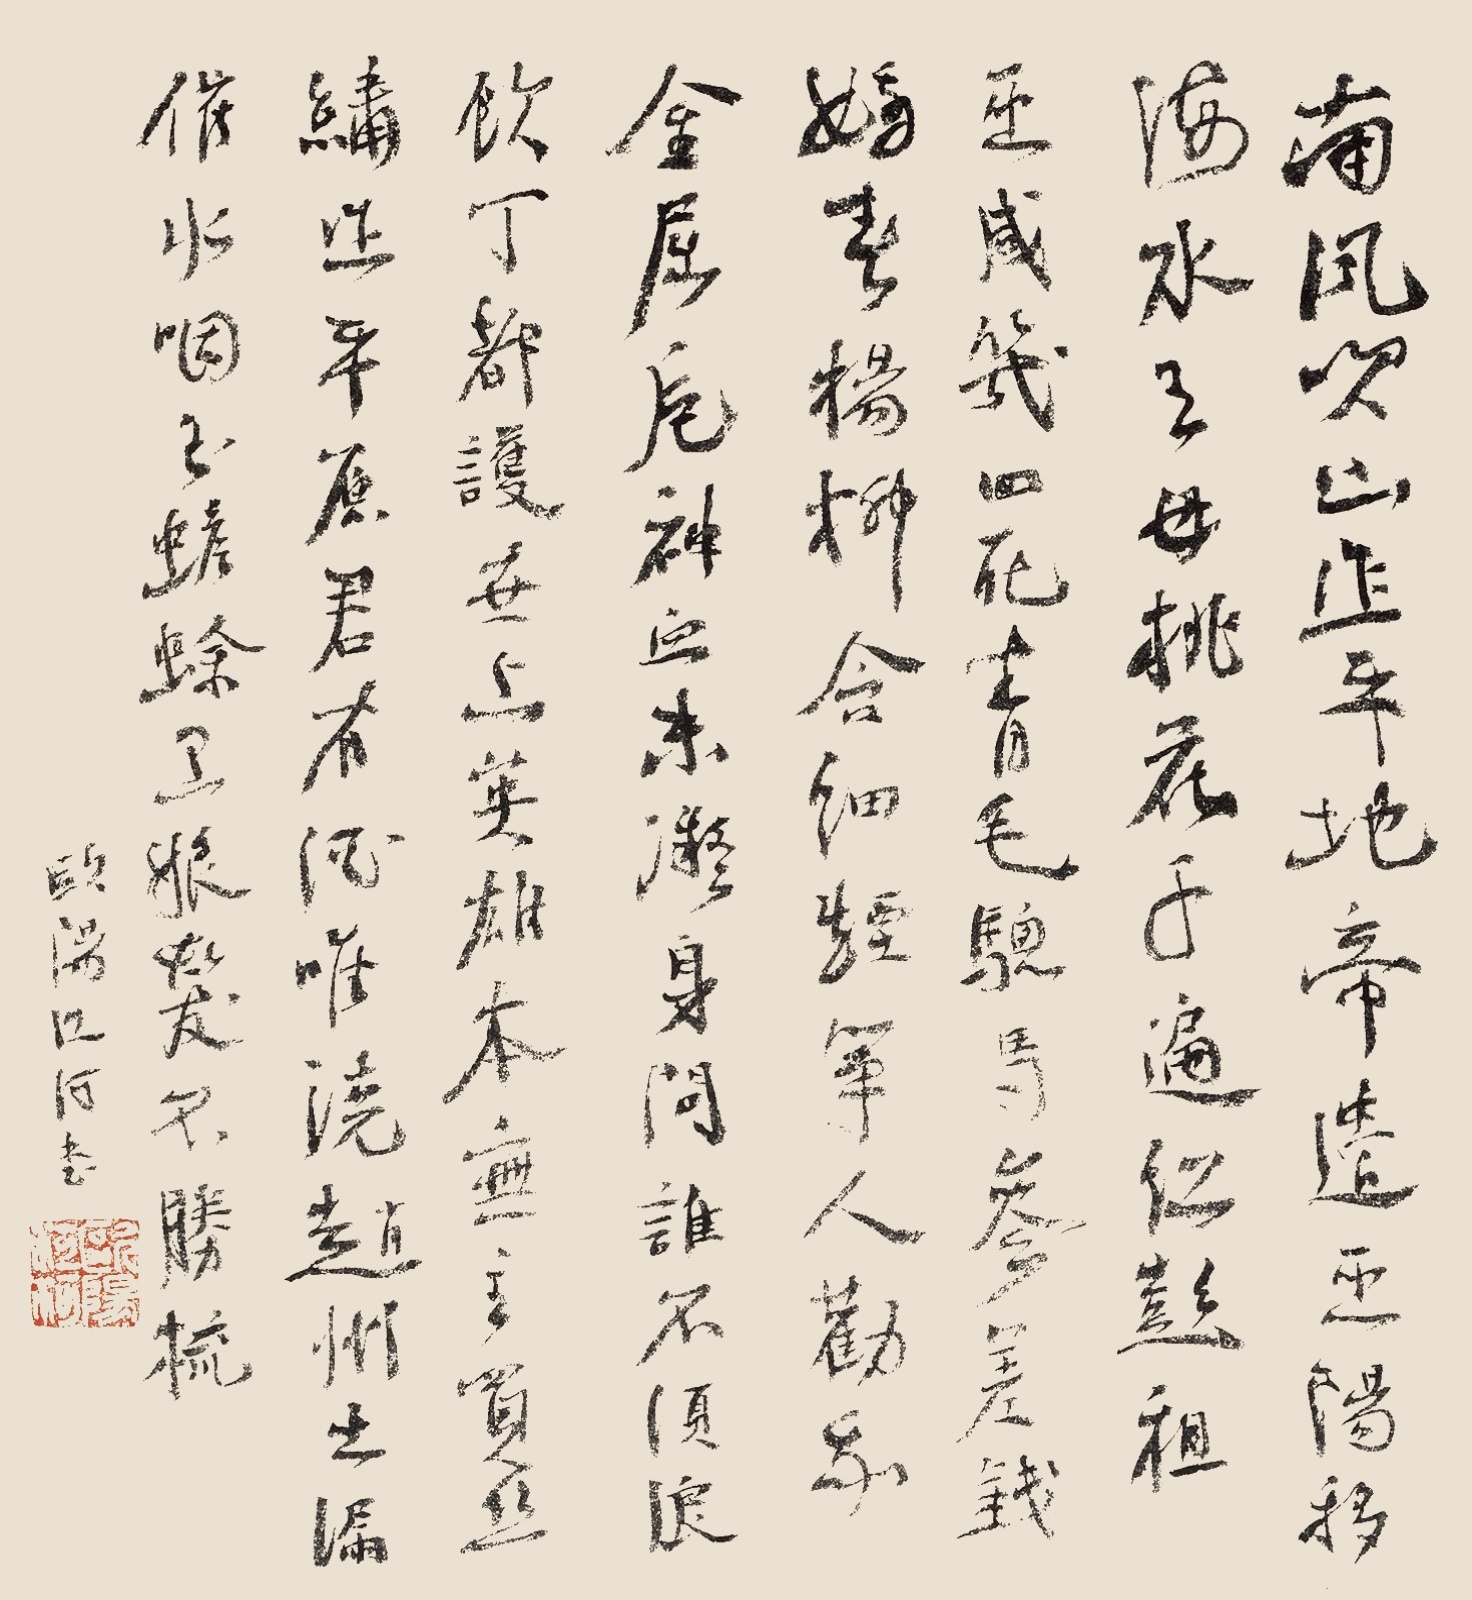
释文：南风吹山作平地，帝遣巫阳移海水。王母桃花千遍红，彭祖巫咸几回死。青毛骢马参差钱，娇春杨柳含细烟。筝人劝我金屈卮，神血未凝身问谁。不须浪饮丁都护，世上英雄本无主。买丝绣作平原君，有酒惟浇赵州土。漏催水咽玉蟾蜍，卫娘发薄不胜梳。欧阳江河书。